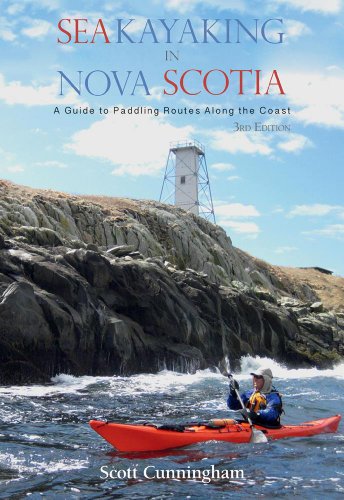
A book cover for Sea Kayaking in Nova Scotia; Scott Cunningham; Sports & Outdoors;